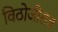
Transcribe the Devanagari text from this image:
विठोजीराव